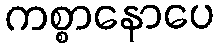
ကစ္စာနောပေ